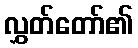
လွှတ်တော်၏